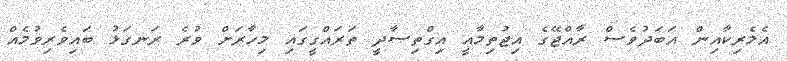
އެމެރިކާއިން އަބަދުވެސް ރާއްޖޭގެ އިޖުތިމާއީ އިގްތިސާދީ ތަރައްގީގައި މިހާރަށް ވުރެ ރަނގަޅު ބައިވެރިވުމެއް